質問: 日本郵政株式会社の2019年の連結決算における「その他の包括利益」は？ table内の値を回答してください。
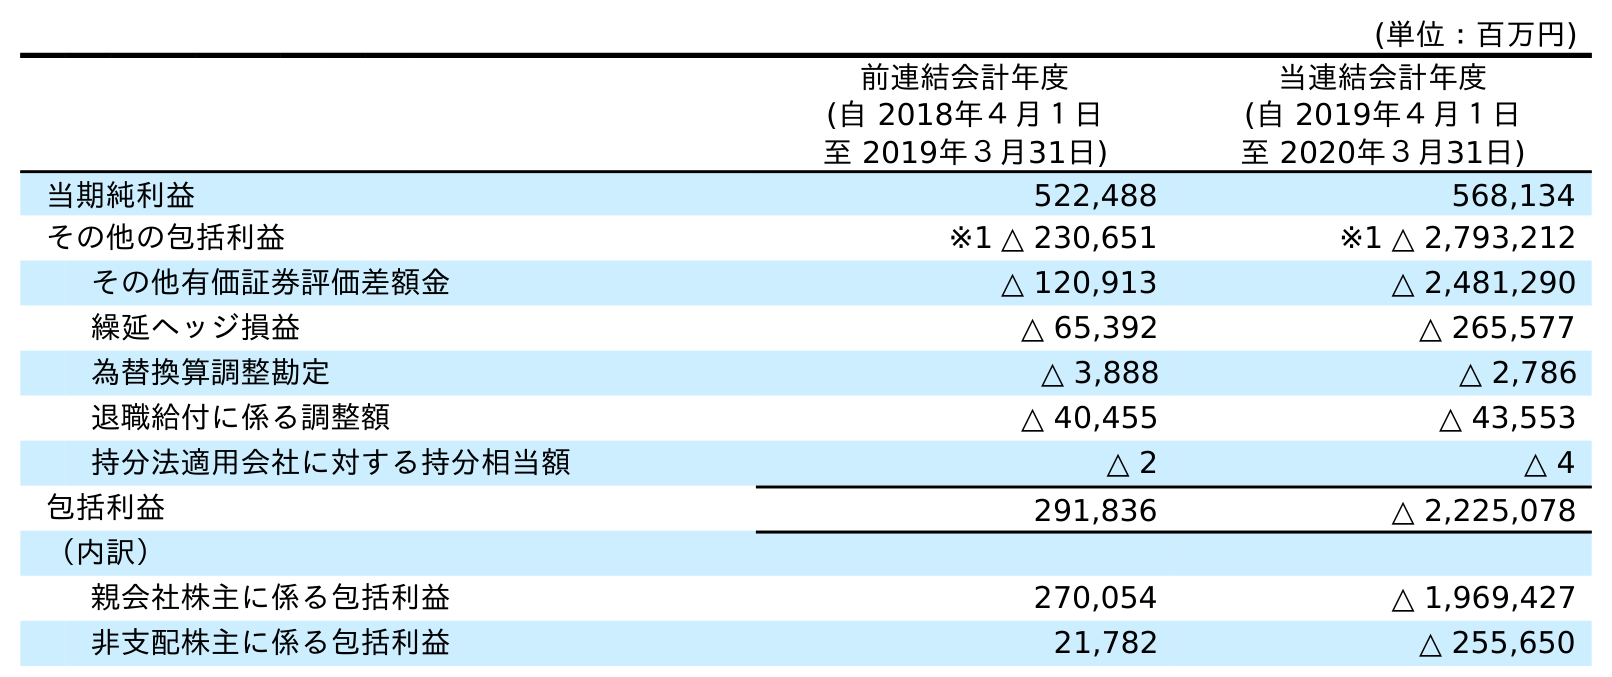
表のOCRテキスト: (単位：百万円) 前連結会計年度 (自 2018年４月１日 至 2019年３月31日) 当連結会計年度 (自 2019年４月１日 至 2020年３月31日) 当期純利益 522,488 568,134 その他の包括利益 ※1 △ 230,651 ※1 △ 2,793,212 その他有価証券評価差額金 △ 120,913 △ 2,481,290 繰延ヘッジ損益 △ 65,392 △ 265,577 為替換算調整勘定 △ 3,888 △ 2,786 退職給付に係る調整額 △ 40,455 △ 43,553 持分法適用会社に対する持分相当額 △ 2 △ 4 包括利益 291,836 △ 2,225,078 （内訳） 親会社株主に係る包括利益 270,054 △ 1,969,427 非支配株主に係る包括利益 21,782 △ 255,650
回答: ※1△230,651